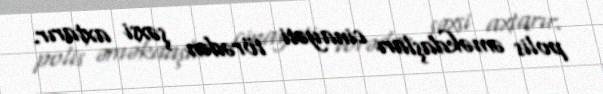
polis əməkdaşları cinayəti törədən şəxsi axtarır.